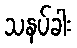
သနပ်ခါး